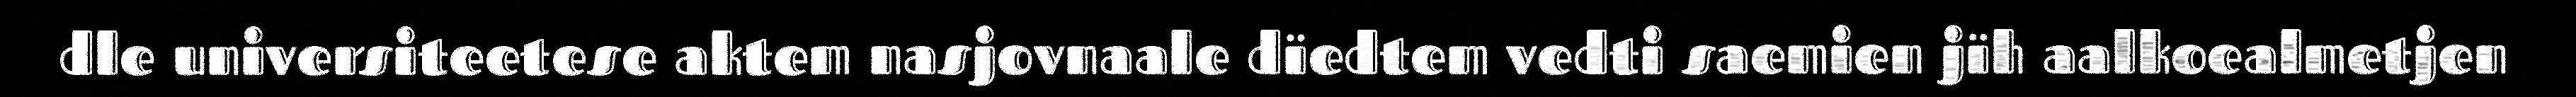
dle universiteetese aktem nasjovnaale dïedtem vedti saemien jïh aalkoealmetjen